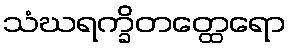
သံဃရက္ခိတတ္ထေရော